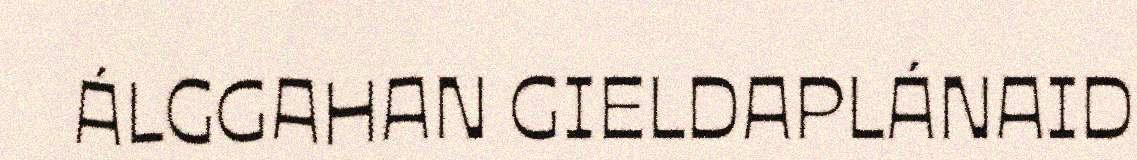
ÁLGGAHAN GIELDAPLÁNAID